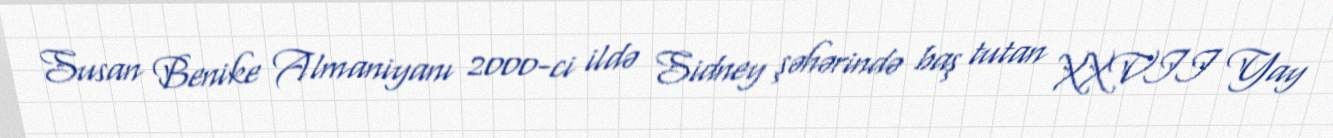
Susan Benike Almaniyanı 2000-ci ildə Sidney şəhərində baş tutan XXVII Yay